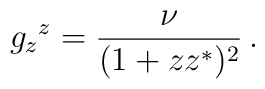
g_z{}^z=\frac{\nu  }{(1+zz^*)^2}\,.